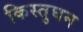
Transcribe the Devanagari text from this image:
किस्तुघन